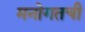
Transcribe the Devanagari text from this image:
मनोगतची